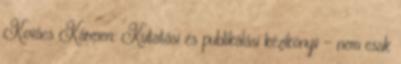
Kovács Kármen: Kutatási és publikálási kézikönyv - nem csak